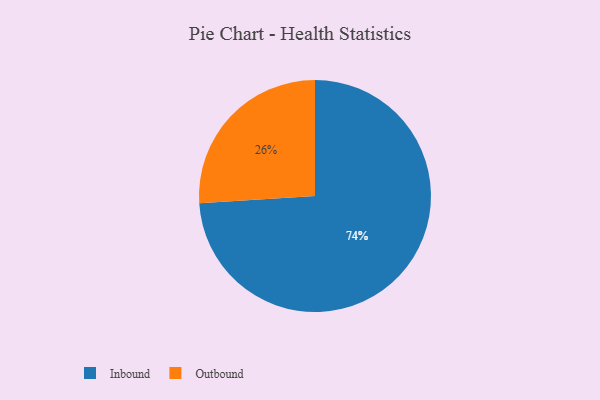
{"axis": {"x": "Category", "y": "Percentage"}, "legend": ["Inbound", "Outbound"], "data": [{"x": "Inbound", "y": 74, "type": "Inbound"}, {"x": "Outbound", "y": 26, "type": "Outbound"}]}